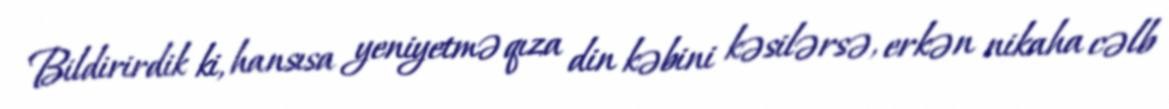
Bildirirdik ki, hansısa yeniyetmə qıza din kəbini kəsilərsə, erkən nikaha cəlb